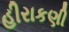
હીરાકણી